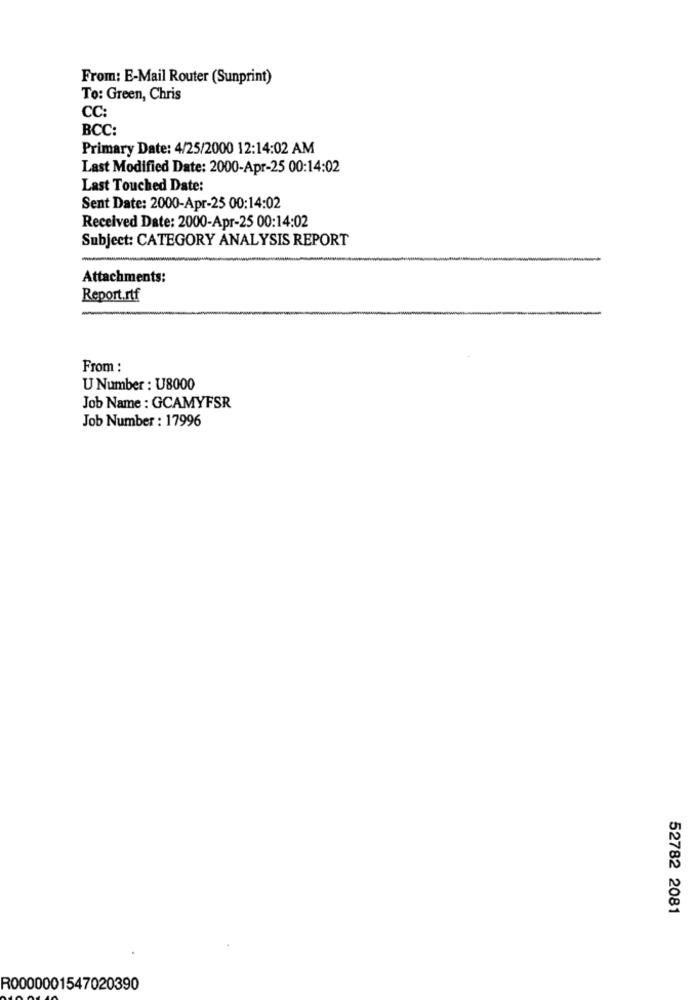
From: E-Mail Router (Sunprint)
To: Green, Chris
CC:
BCC:
Primary Date: 4/25/2000 12:14:02 AM
Last Modified Date: 2000-Apr-25 00:14:02
Last Touched Date:
Sent Date: 2000-Apr-25 00:14:02
Received Date: 2000-Apr-25 00:14:02
Subject: CATEGORY ANALYSIS REPORT
Attachments:
Report.rtf
From :
U Number : U8000
Job Name : GCAMYFSR
Job Number : 17996
52782 2081
R0000001547020390